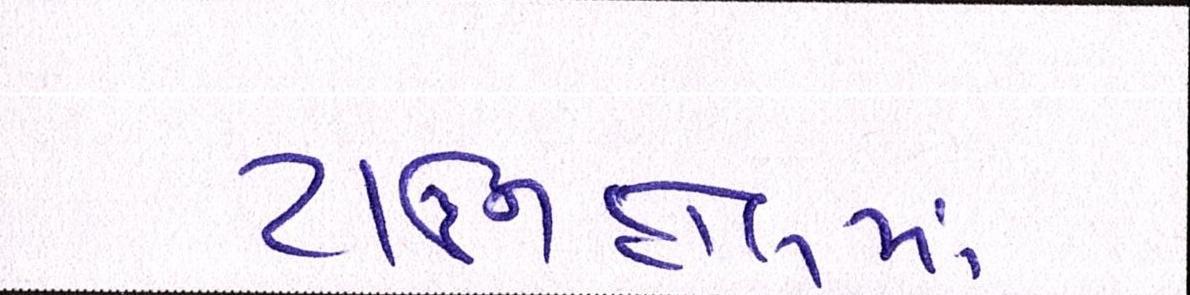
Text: ટાઉનહોલમાં